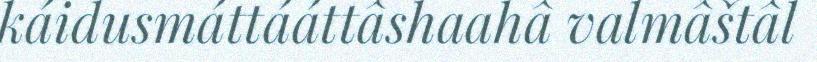
káidusmáttááttâshaahâ valmâštâl